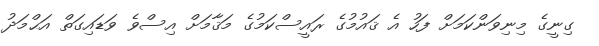
ގިނީގެ މިނިވަންކަމަށް ފަހު އެ ޤައުމުގެ ރައީސްކަމުގެ މަޤާމަށް އިސްވެ ވަޑައިގަތް އަޙްމަދު